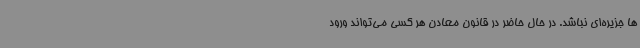
ها جزیره‌ای نباشد. در حال حاضر در قانون معادن هر کسی می‌تواند ورود